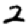
Digit: 2